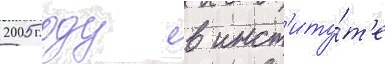
2005 году в инст'иту́т'е